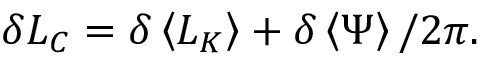
\delta L _ { C } = \delta \left\langle L _ { K } \right\rangle + \delta \left\langle \Psi \right\rangle / 2 \pi .